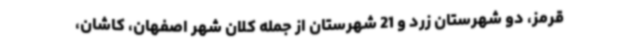
قرمز، دو شهرستان زرد و 21 شهرستان از جمله کلان شهر اصفهان، کاشان،